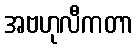
အဗဟုလီကတာ